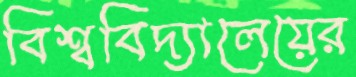
বিশ্ববিদ্যালেয়ের